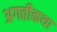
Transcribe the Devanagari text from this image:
अगतीकथा